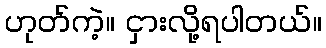
ဟုတ်ကဲ့။ ငှားလို့ရပါတယ်။